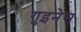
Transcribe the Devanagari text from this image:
गुइनेस